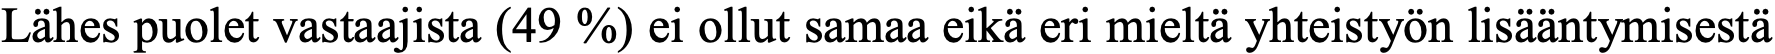
Lähes puolet vastaajista (49 %) ei ollut samaa eikä eri mieltä yhteistyön lisääntymisestä